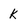
Character: K